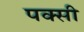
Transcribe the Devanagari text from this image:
पक्सी